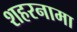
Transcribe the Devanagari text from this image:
शहरनामा